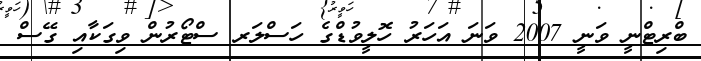
ބްރިޓްނީ ވަނީ 2007 ވަނަ އަހަރު ހޮލީވުޑްގެ ހަސްލަރ ސްޓޯރުން ވިގަކާއި ގޭސް